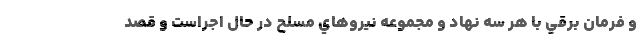
و فرمان برقي با هر سه نهاد و مجموعه نيروهاي مسلح در حال اجراست و قصد